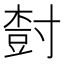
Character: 𡬾